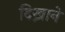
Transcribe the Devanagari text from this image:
दिख्नाने